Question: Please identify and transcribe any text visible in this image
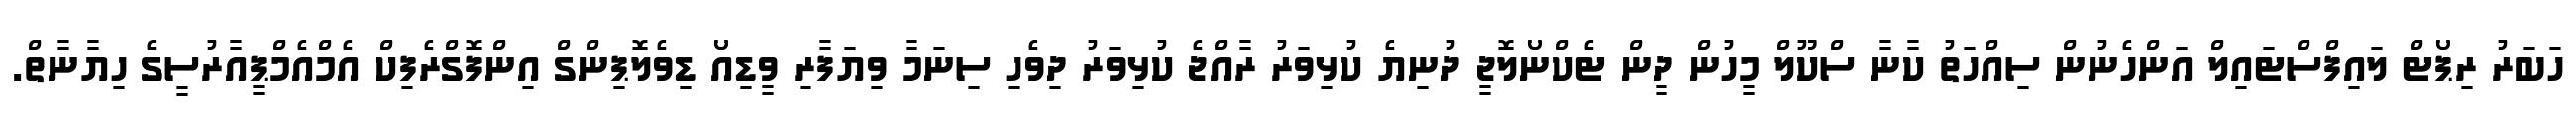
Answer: ހަބަރު ރިޕޯޓް ލައިފްސްޓައިލް އަންހެނުން ސިއްހަތު ކާނާ ސްކޫލް މީހުން ދީން ޓެކްނޯލޮޖީ ދުނިޔެ ކުޅިވަރު ރާއްޖެ ކުޅިވަރު ދިވެހި ސިނަމާ ވިޔަފާރި ވީޑިއޯ ޑިވެލޮޕިންގް އިންފޮގްރެފިކް އެމްއެމްޕީއާރުސީގެ ހިޔާނާތް.